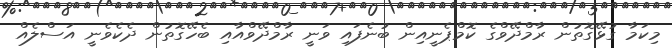
މިކަމާ ގުޅޭގޮތުން ރާމްދޭވްގެ ކޮމްޕެނީއިން ބުނެފައި ވަނީ ރާމްދޭވްއާއި ބެހޭގޮތުން ދެކެވެނީ އަސްލެއް